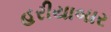
હરીયાબાર